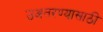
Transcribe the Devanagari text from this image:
उअतरण्यासाठी